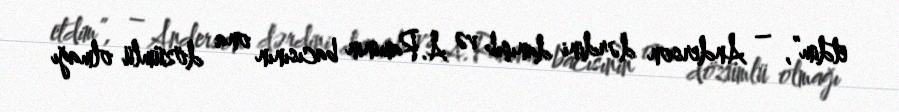
etdim”, – Anderson dərdini danışıb və A.Raminin bacısının ona dözümlü olmağı